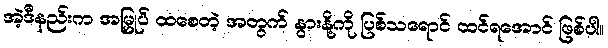
အဲ့ဒီနည်းက အမြှုပ် ထစေတဲ့ အတွက် နွားနို့ကို ပြစ်သရောင် ထင်ရအောင် ဖြစ်ပါ။